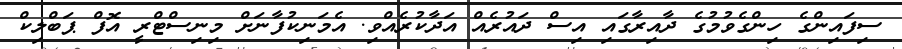
ސިފައިންގެ ހިންގެވުމުގެ ދާއިރާގައި އިސް ދައުރެއް އަދާކުރެއްވި. އެމަނިކުފާނަށް މިނިސްޓްރީ އޮފް ޕަބްލިކް